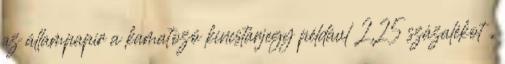
az állampapír a kamatozó kincstárjegy például 2,25 százalékot ,